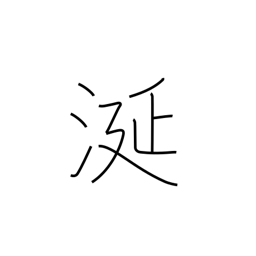
Meaning: slobber